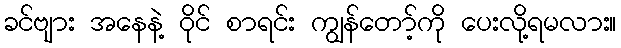
ခင်ဗျား အနေနဲ့ ဝိုင် စာရင်း ကျွန်တော့်ကို ပေးလို့ရမလား။